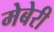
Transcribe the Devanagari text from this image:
मेबेरी